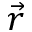
\vec { r }